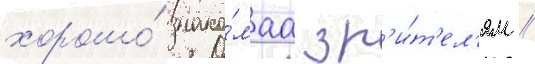
хорошо́ знако́маа зр'и́т'ел'ям /